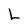
Character: L